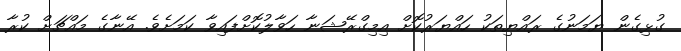
ގުޅިގެން ޔަމަނުގެ ރައްޔިތަކު ހައްޔަރުކޮށް އިމިގްރޭޝަނާ ހަވާލުކޮށްފައިވާ ކަމަށެވެ. އޭނާގެ މައްޗަށް ކުރާ